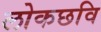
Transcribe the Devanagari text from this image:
लोकछवि